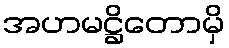
အဟမဋ္ဌိတောမှိ